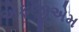
એફજીએમ